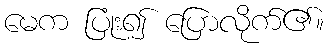
မေက ပြုံး၍ ပြောလိုက်၏။